Punjab Mental Hospital Lahore 1922-31 - 1922-1931
Year: 1922
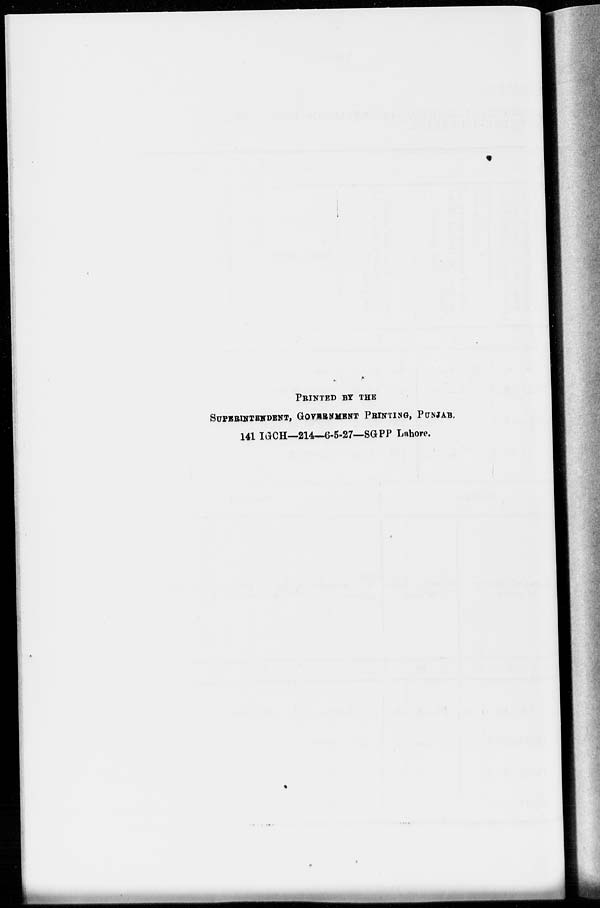
PRINTED BY THE
SUPERINTEDENT, GOVERMENT PRINTING, PUNJAB.
141 IGCH—214—6-5-27—SGPP Lahore.